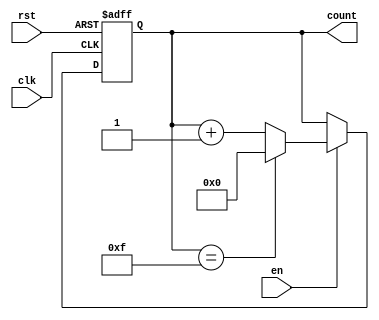
module MemoryBlocksBinaryCounter #(
    parameter WIDTH = 4,            // Number of bits for the counter
    parameter INITIAL_VALUE = 0,    // Initial value of the counter
    parameter MAX_VALUE = (1 << WIDTH) - 1 // Maximum value based on width
)(
    input wire clk,                 // Clock signal
    input wire rst,                 // Asynchronous reset signal
    input wire en,                  // Enable signal
    output reg [WIDTH-1:0] count    // Current count output
);

    // Always block for synchronous counting
    always @(posedge clk or posedge rst) begin
        if (rst) begin
            // Reset the counter to the initial value
            count <= INITIAL_VALUE;
        end else if (en) begin
            // Increment the counter if enabled
            if (count == MAX_VALUE) begin
                count <= INITIAL_VALUE; // Roll over to initial value
            end else begin
                count <= count + 1; // Increment count
            end
        end
    end

endmodule